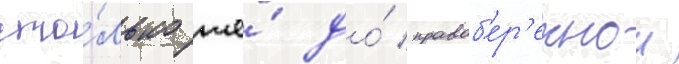
сто́лько же́ до́ правоб'ер'ежнои